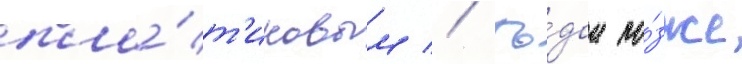
пла́т'иновым // Го́дом по́зже